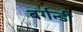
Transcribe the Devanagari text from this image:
बर्गन्डी